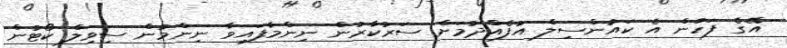
އޭގެ ފަހުން އެ ކައުންސިލް އުފެއްދުމަށް ސަރުކާރުން ނިންމާފައިވާ ނިންމުން ސިވިލް ކޯޓުން